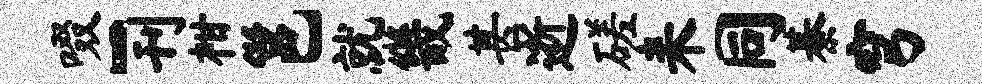
啜-刊柑邕就畿甚逝磋耒同綦穹